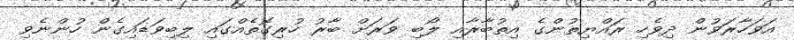
އަވަހާރަވުން ދިވެހި ރައްޔިތުންގެ އިތުބާރާއި ލޯބި ވަރަށް ބާރު ހުރިގޮތެއްގައި ލިބިވަޑައިގެން ހުންނެވި